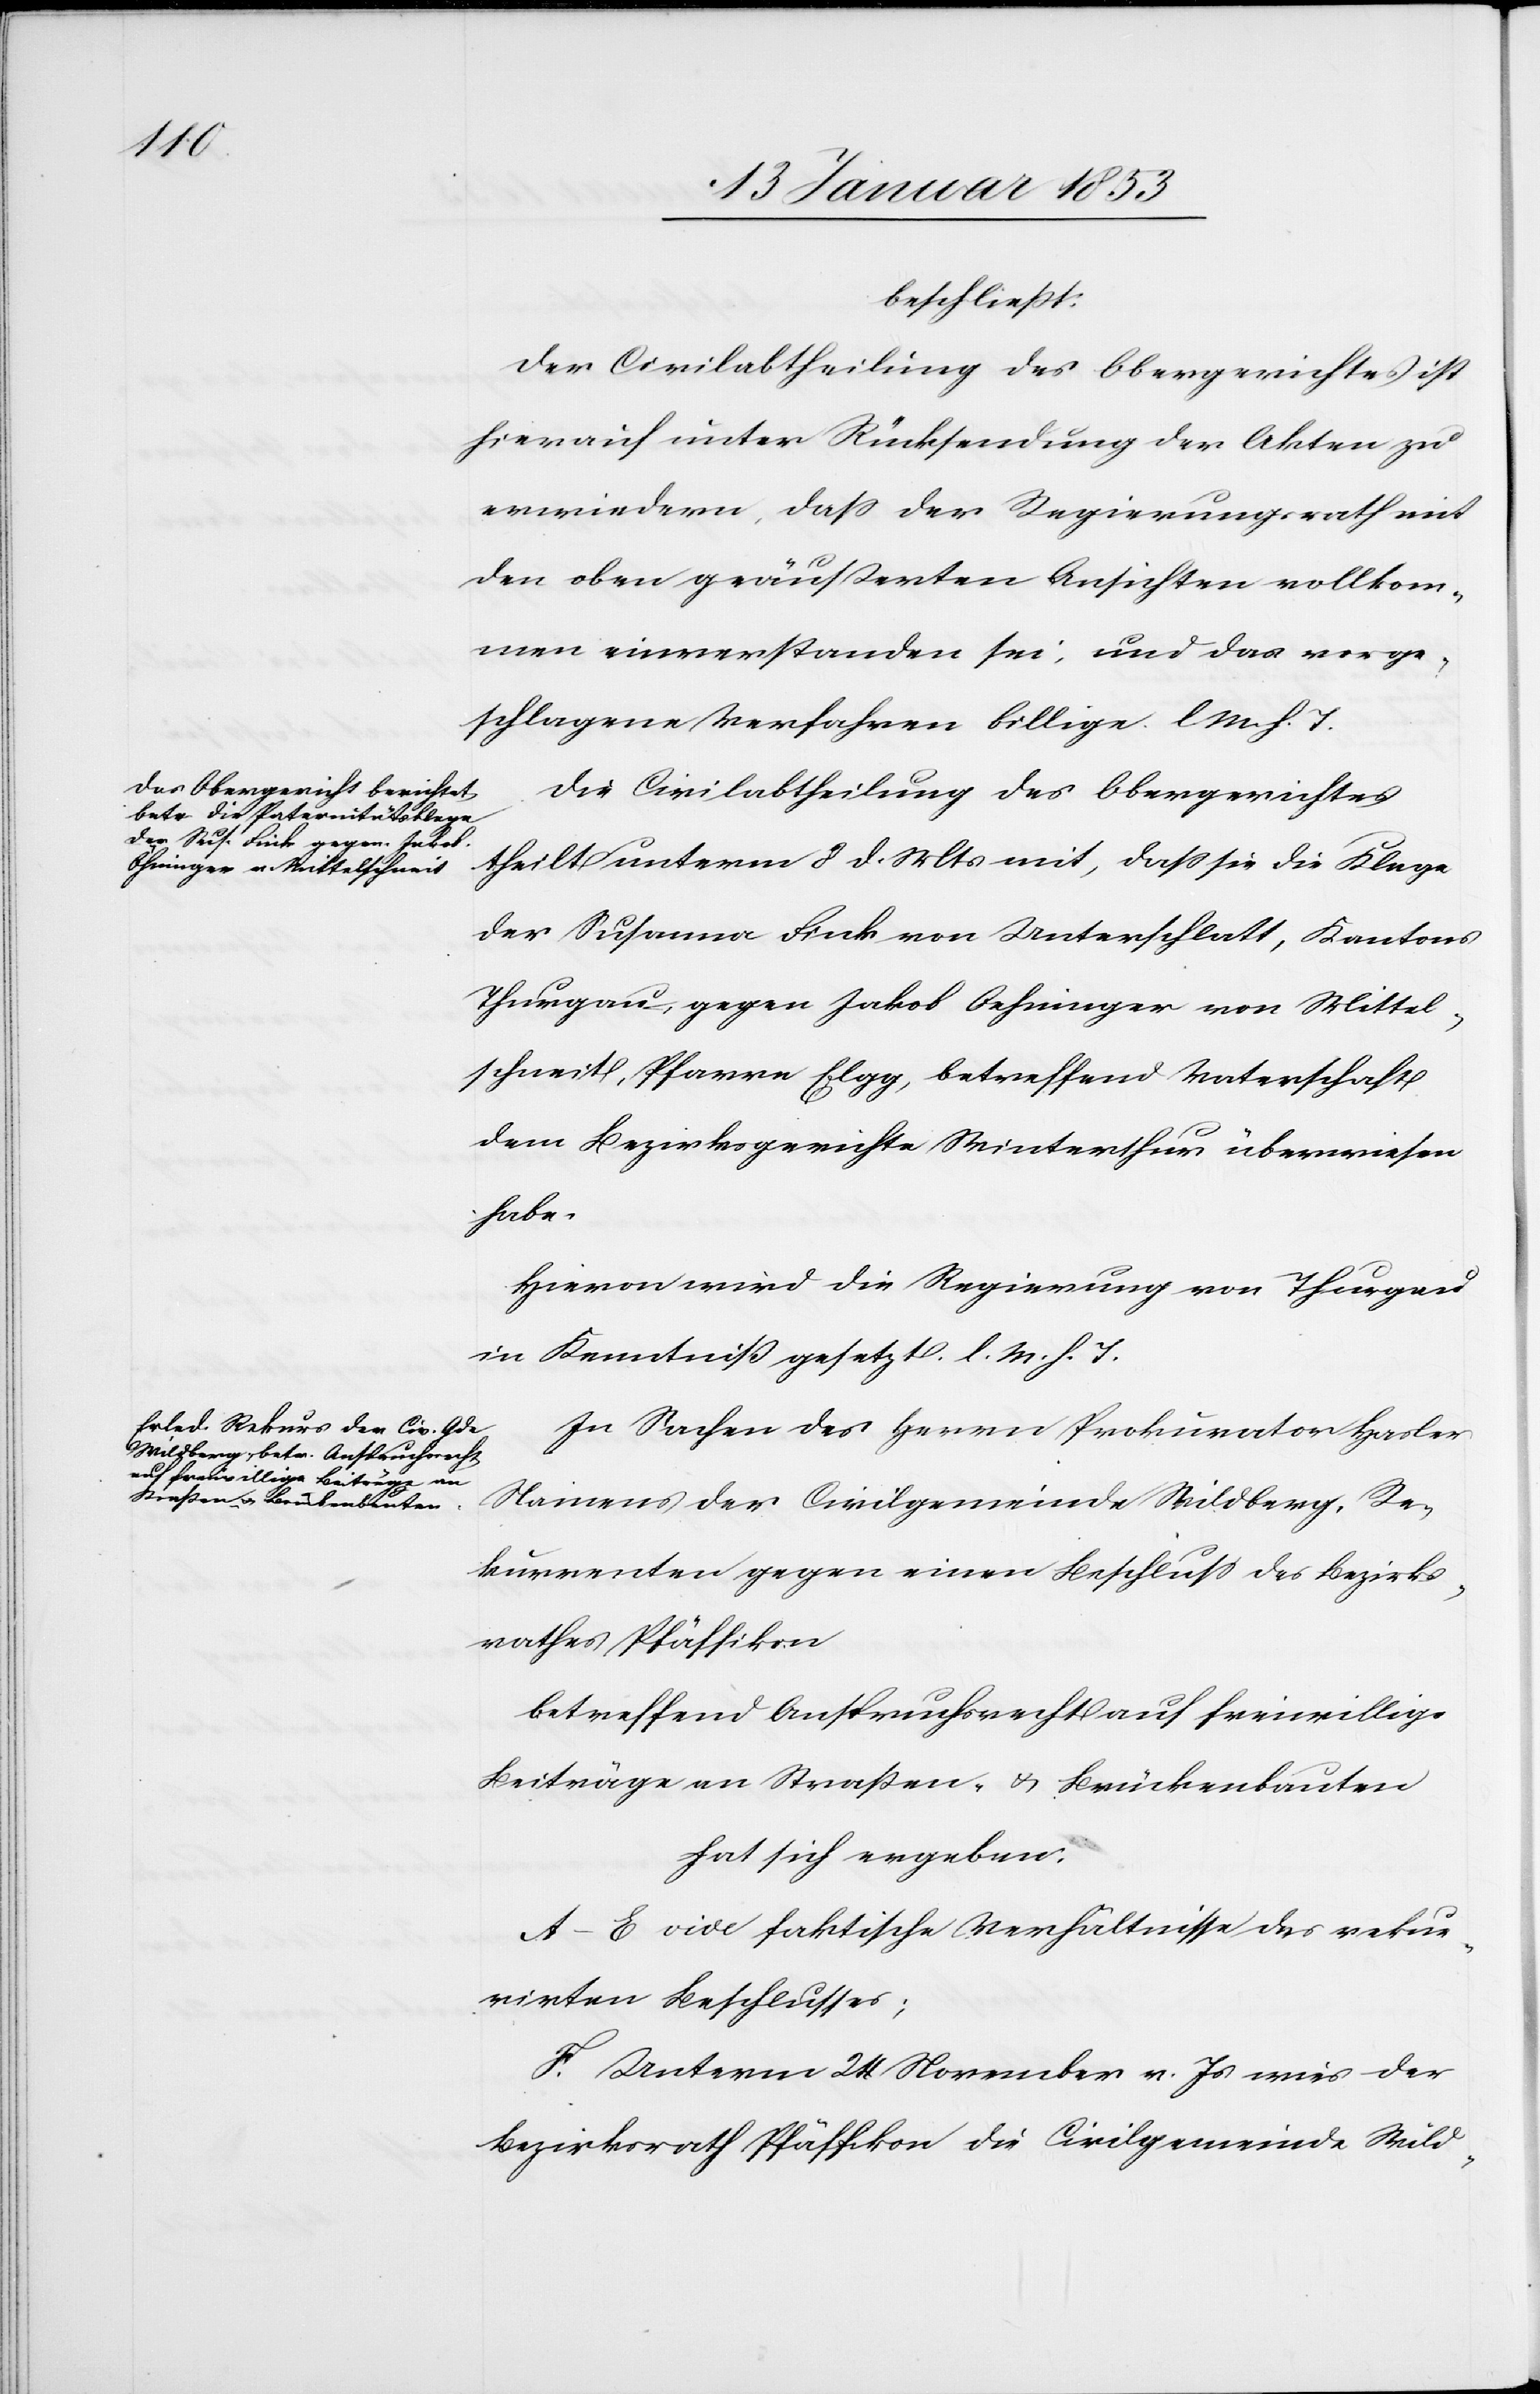
beschließt:
Der Civilabtheilung des Obergerichtes ist
hierauf unter Rücksendung der Akten zu
erwiedern, daß der Regierungsrath mit
den oben geäußerten Ansichten vollkom¬
men einverstanden sei, und das vorge¬
schlagene Verfahren billige. l. M. h. T
Die Civilabtheilung des Obergerichtes
theilt unterm 8 d. Mts. mit, daß sie die Klage
der Susanna Fink von Unterschlatt, Kantons
Thurgau gegen Jakob Oehninger [sic!] von Mittel¬
schneit, Pfarre Elgg, betreffend Vaterschaft
dem Bezirksgerichte Winterthur überwiesen
habe.
Hievon wird die Regierung von Thurgau
in Kenntniß gesetzt. l. M. h. T
In Sachen des Herrn Prokurator Hasler
Namens der Civilgemeinde Wildberg, Re¬
kurrenten gegen einen Beschluß des Bezirks¬
rathes Pfäffikon
betreffend Anspruchsrecht auf freiwillige
Beiträge an Straßen- u. Brückenbauten
hat sich ergeben:
A–E vide faktische Verhältnisse des reku¬
rirten Beschlusses:
F. Unterm 24 November v. Js. wies der
Bezirksrath Pfäffikon die Civilgemeinde Wild-